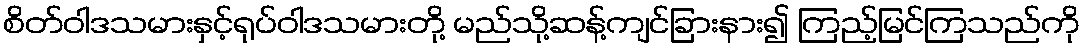
စိတ်ဝါဒသမားနှင့်ရုပ်ဝါဒသမားတို့ မည်သို့ဆန့်ကျင်ခြားနား၍ ကြည့်မြင်ကြသည်ကို